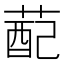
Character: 蓜